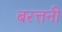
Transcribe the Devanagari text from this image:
बरत्तनी